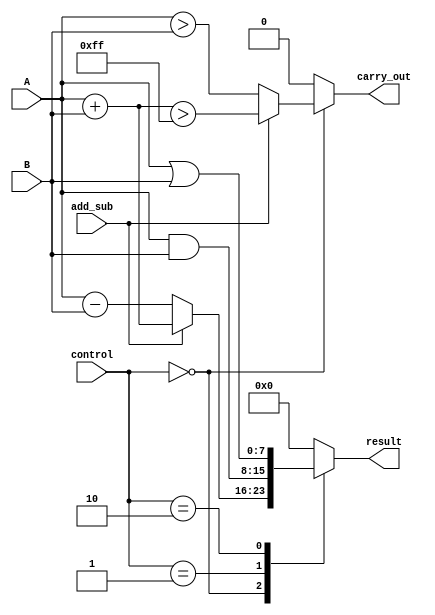
module ALU(
  input [7:0] A,
  input [7:0] B,
  input [2:0] control,
  input add_sub,
  output reg [7:0] result,
  output reg carry_out
);

always @(*) begin
  case(control)
    3'b000: result = add_sub ? A + B : A - B; // addition
    3'b001: result = A & B; // bitwise AND
    3'b010: result = A | B; // bitwise OR
    // Add more operations as needed
    default: result = 8'h00; // default to 0
  endcase
end

always @(*) begin
  case(control)
    3'b000: carry_out = add_sub ? (A + B > 8'hFF) : (A > B); // carry out for addition/subtraction
    default: carry_out = 1'b0; // default to 0
  endcase
end

endmodule